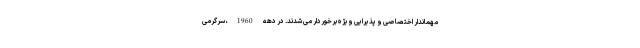
مهماندار اختصاصی و پذیرایی ویژه برخوردار می شدند. در دهه 1960، سرگرمی